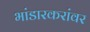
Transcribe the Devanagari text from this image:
भांडारकरांवर